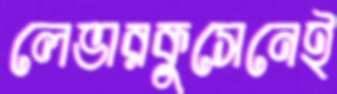
লেভারকুসেনেই